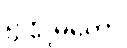
ဥက္ကုဓိတော